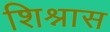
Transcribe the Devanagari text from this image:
शिश्नास